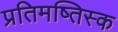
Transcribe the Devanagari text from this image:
प्रतिमष्तिस्क